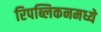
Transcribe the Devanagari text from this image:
रिपब्लिकनमध्ये